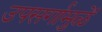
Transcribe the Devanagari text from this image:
उपसर्गामुळें